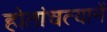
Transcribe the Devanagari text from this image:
होतांचत्यानें